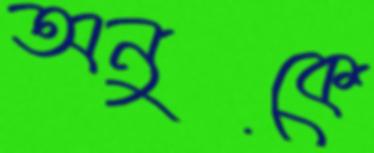
অনুকে